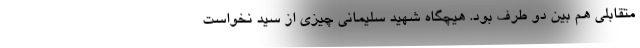
متقابلی هم بین دو طرف بود. هیچگاه شهید سلیمانی چیزی از سید نخواست